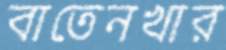
বাতেনখার